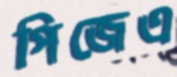
পিজেএ